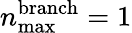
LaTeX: n_{\textrm{max}}^{\textrm{branch}}=1